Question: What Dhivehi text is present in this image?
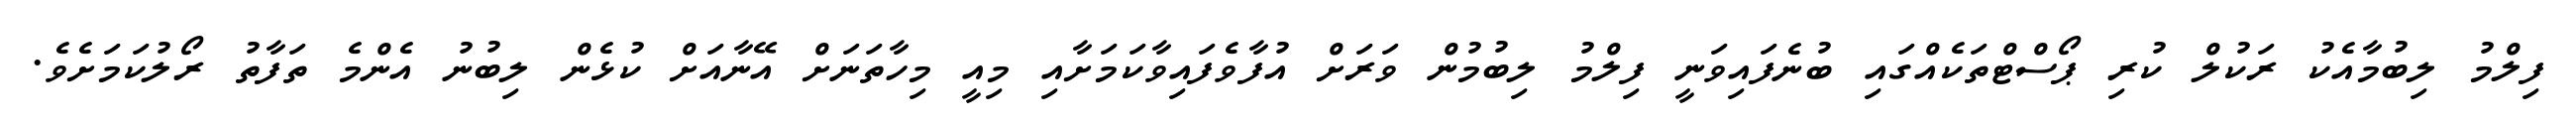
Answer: ފިލްމު ލިބުމާއެކު ރަކުލް ކުރި ޕޯސްޓްތަކެއްގައި ބުނެފައިވަނީ ފިލްމު ލިބުމުން ވަރަށް އުފާވެފައިވާކަމަށާއި މިއީ މިހާތަނަށް އޭނާއަށް ކުޅެން ލިބުނު އެންމެ ތަފާތު ރޯލުކަމަށެވެ.